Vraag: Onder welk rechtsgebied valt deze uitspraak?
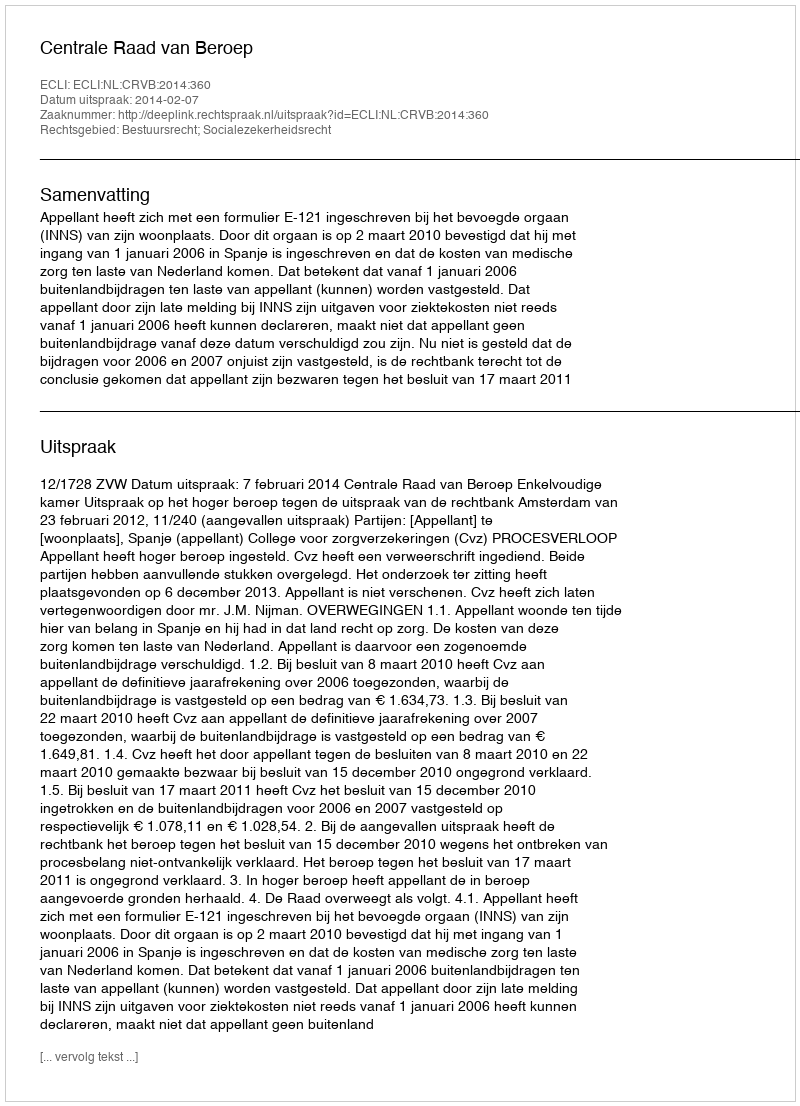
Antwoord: Bestuursrecht; Socialezekerheidsrecht